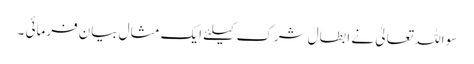
سو اللہ تعالیٰ نے ابطالِ شرک کیلئے ایک مثال بیان فرمائی ۔